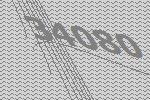
34080